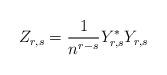
LaTeX: \begin{align*}Z_{r,s}=\frac{1}{n^{r-s}} Y_{r,s}^{\ast}Y_{r,s}\end{align*}